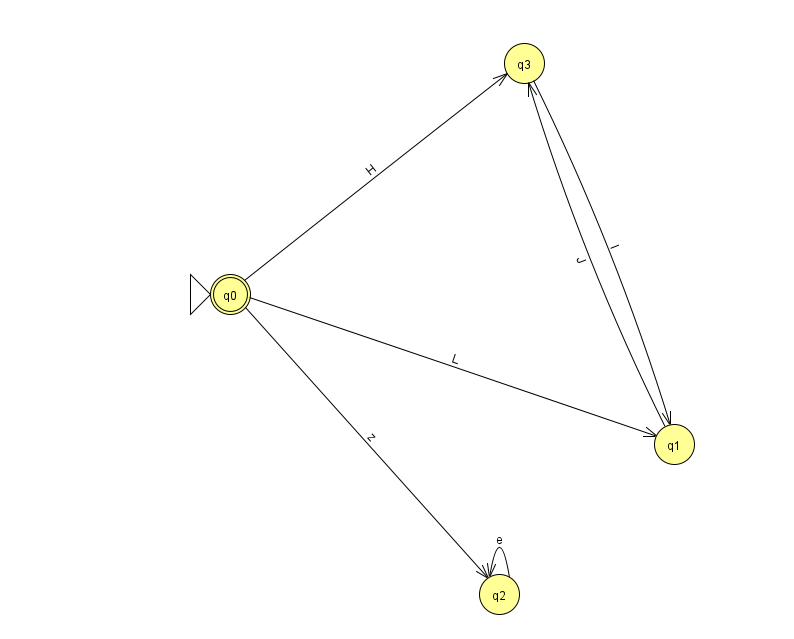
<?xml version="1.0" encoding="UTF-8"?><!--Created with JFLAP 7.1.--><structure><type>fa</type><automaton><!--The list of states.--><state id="0" name="q0"><x>230.0</x><y>281.0</y><initial/><final/></state><state id="1" name="q1"><x>674.0</x><y>431.0</y></state><state id="2" name="q2"><x>499.0</x><y>581.0</y></state><state id="3" name="q3"><x>524.0</x><y>50.0</y></state><!--The list of transitions.--><transition><from>0</from><to>2</to><read>z</read></transition><transition><from>2</from><to>2</to><read>e</read></transition><transition><from>0</from><to>1</to><read>L</read></transition><transition><from>1</from><to>3</to><read>J</read></transition><transition><from>3</from><to>1</to><read>l</read></transition><transition><from>0</from><to>3</to><read>H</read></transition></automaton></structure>